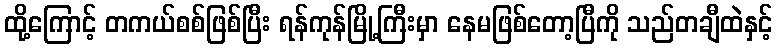
ထို့ကြောင့် တကယ်စစ်ဖြစ်ပြီး ရန်ကုန်မြို့ကြီးမှာ နေမဖြစ်တော့ပြီကို သည်တချီထဲနှင့်